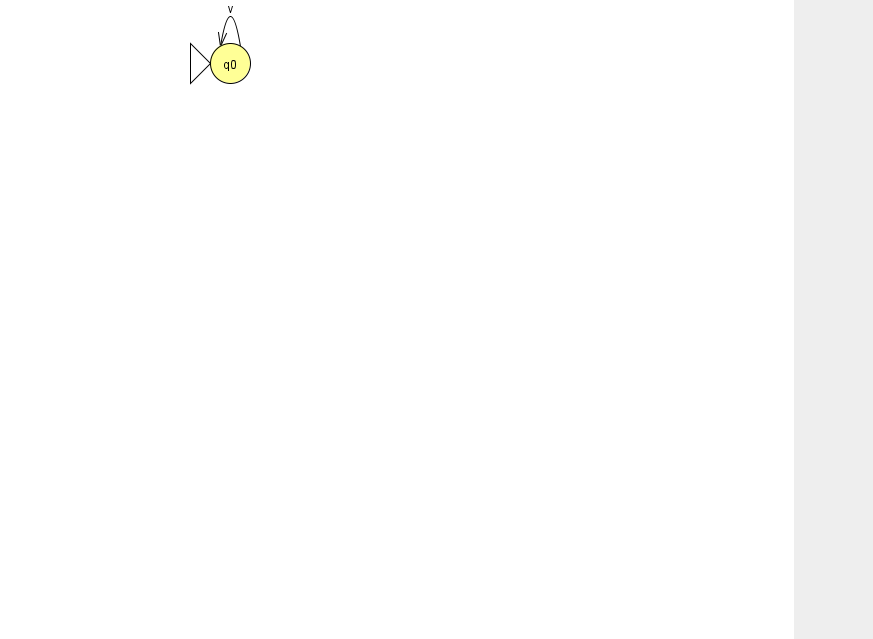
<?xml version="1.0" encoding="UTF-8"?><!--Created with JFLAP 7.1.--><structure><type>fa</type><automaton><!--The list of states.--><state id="0" name="q0"><x>230.0</x><y>50.0</y><initial/></state><!--The list of transitions.--><transition><from>0</from><to>0</to><read>v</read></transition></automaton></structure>